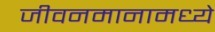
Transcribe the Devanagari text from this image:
जीवनमानामध्ये